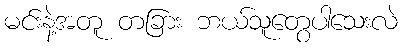
မင်းနဲ့အတူ တခြား ဘယ်သူတွေပါသေးလဲ